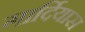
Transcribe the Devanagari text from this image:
गार्दियास